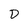
Character: D